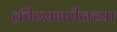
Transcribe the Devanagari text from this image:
क्रीग्समरीनच्या